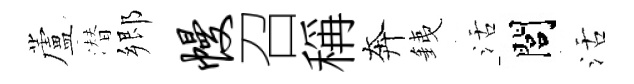
蘆潜郷幔召稱奔銕活閭活